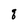
Character: q